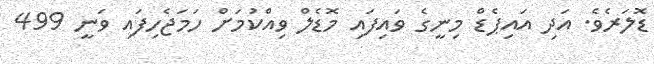
ޑޮލަަރެވެ. އަދި އައިޕެޑް މިނީގެ ވައިފައި މޮޑެލް ވިއްކުމަށް ހަމަޖެހިފައި ވަނީ 499